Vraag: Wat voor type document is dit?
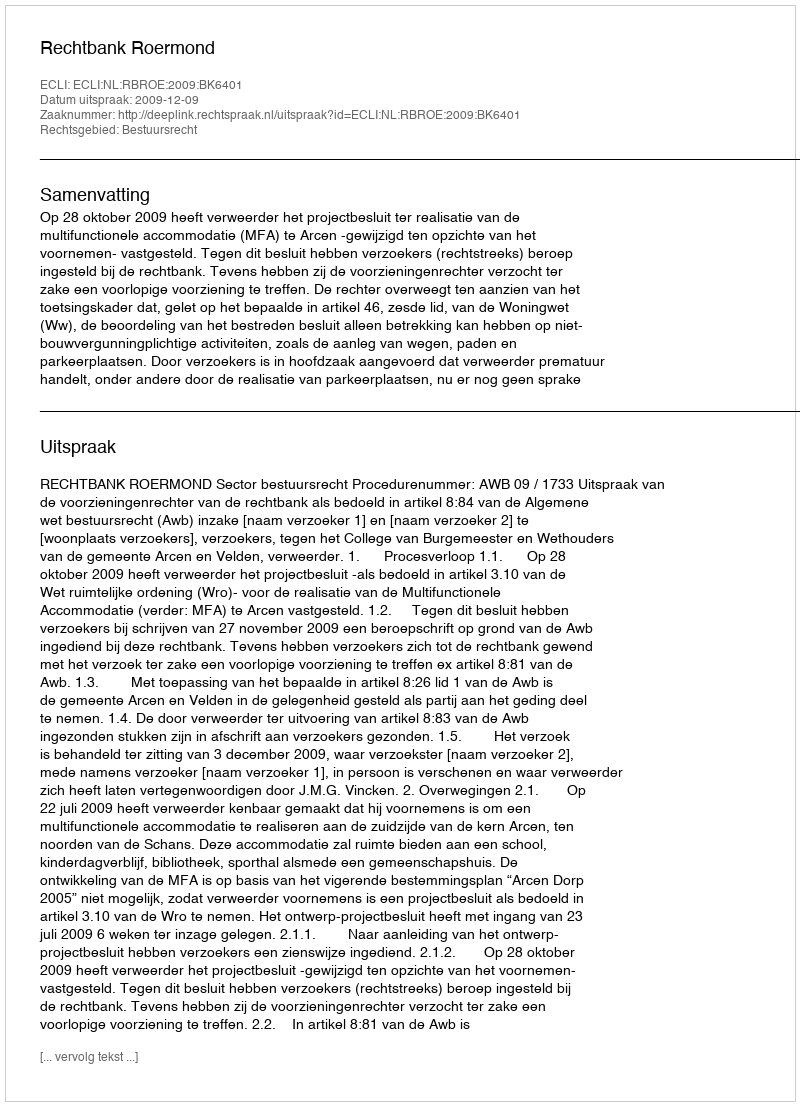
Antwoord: Uitspraak